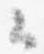
云